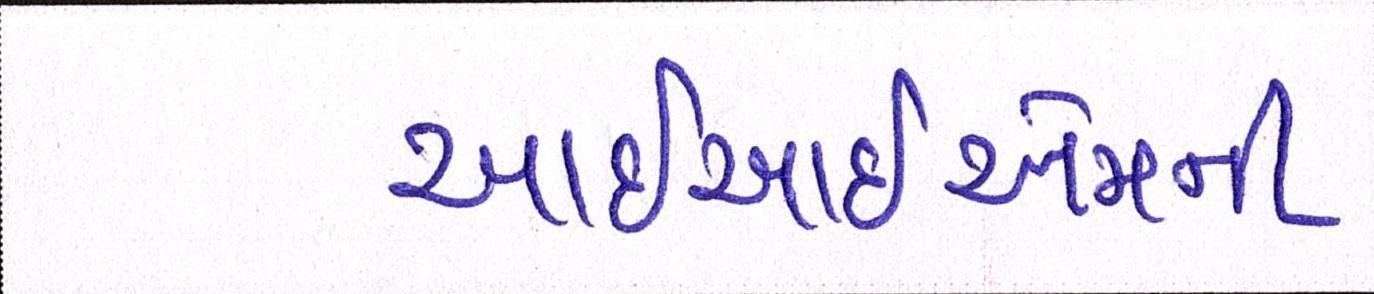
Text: આઇઆઇએમની